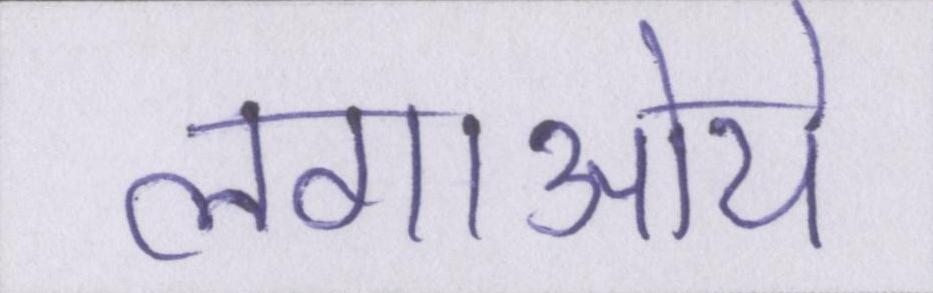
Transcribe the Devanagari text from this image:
लगाऒये